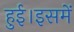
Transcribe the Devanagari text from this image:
हुई।इसमें